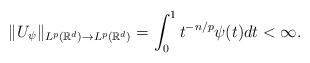
LaTeX: \begin{align*}\|U_\psi\|_{L^p(\mathbb R^d)\to L^p(\mathbb R^d)}=\int_{0}^1t^{-n/p}\psi(t)dt<\infty.\end{align*}